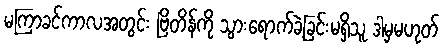
မကြာခင်ကာလအတွင်း ဗြိတိန်ကို သွားရောက်ခဲ့ခြင်းမရှိသူ ဒါမှမဟုတ်